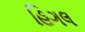
હિગલ